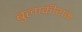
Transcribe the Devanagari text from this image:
बुलाकीराम